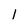
Character: 1